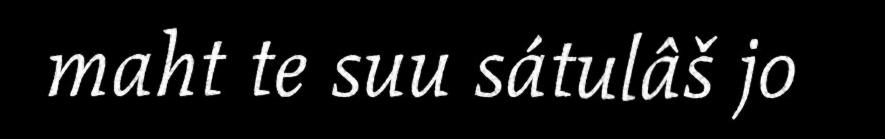
maht te suu sátulâš jo